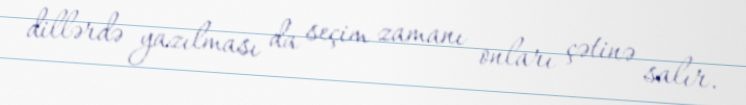
dillərdə yazılması da seçim zamanı onları çətinə salır.